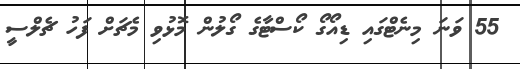
55 ވަނަ މިނެޓްގައި ޑިއޯގޯ ކޯސްޓާގެ ގޯލުން މޮޅުވި މެޗަށް ފަހު ޗެލްސީ